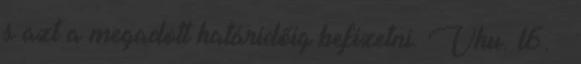
s azt a megadott határidőig befizetni. Vhu. l6. §